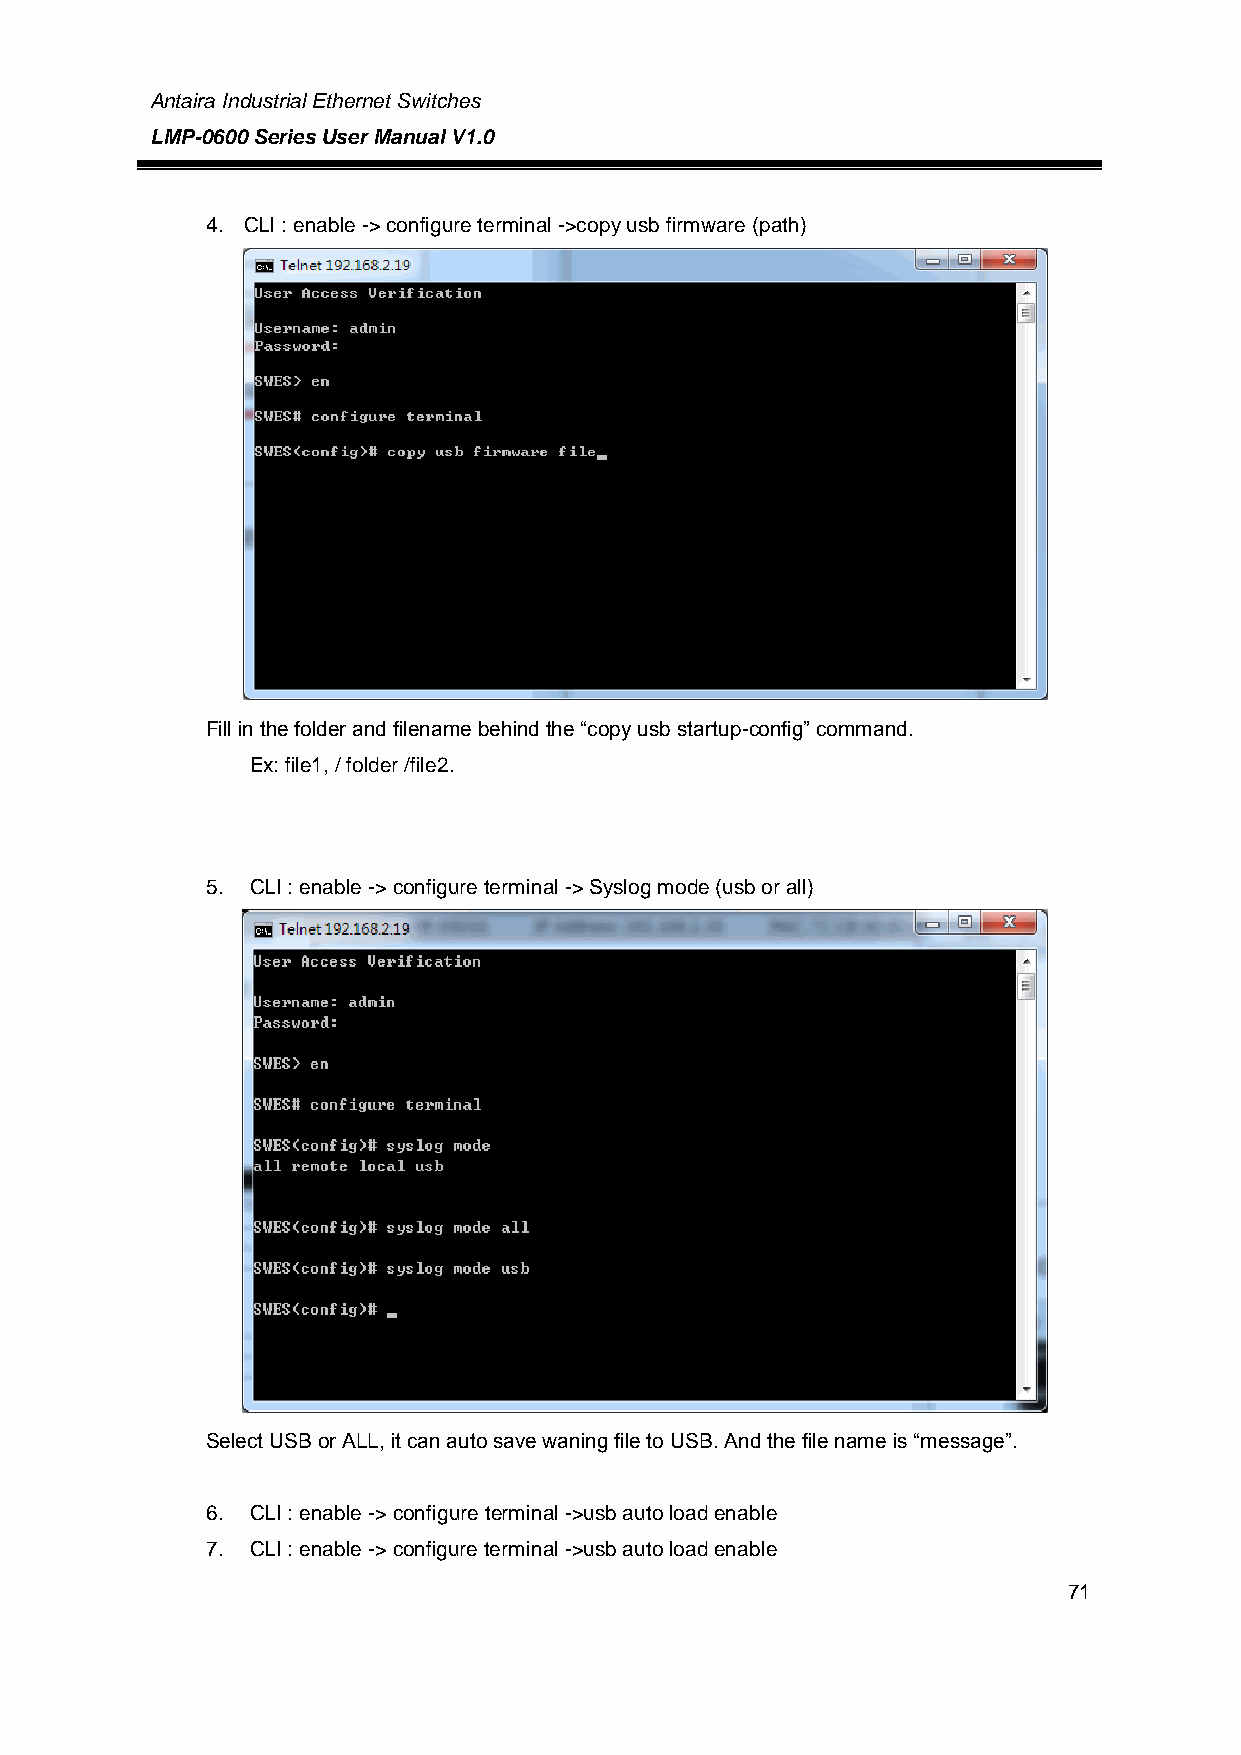
Antaira Industrial Ethernet Switches
 LMP-0600 Series User Manual V1.0
 4. CLI : enable -> configure terminal ->copy usb firmware (path)
 Fill in the folder and filename behind the “copy usb startup-config” command.
 Ex: file1, / folder /file2.
 5. CLI : enable -> configure terminal -> Syslog mode (usb or all)
 Select USB or ALL, it can auto save waning file to USB. And the file name is “message”.
 6. CLI : enable -> configure terminal ->usb auto load enable
 7. CLI : enable -> configure terminal ->usb auto load enable
 71